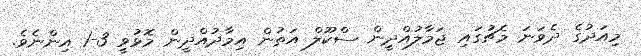
މިއަދުގެ ދެވަނަ މެޗުގައި ޖަމާލުއްދީން ސްކޫލް އަތުން އިމާދުއްދީން މޮޅުވީ 3-1 އިންނެވެ.